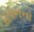
હવનનો